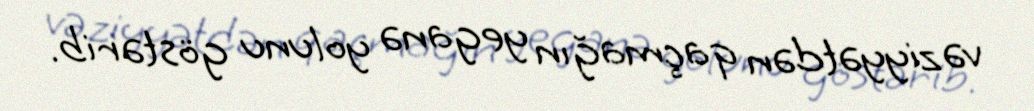
vəziyyətdən qaçmağın yeganə yolunu göstərib.